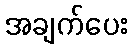
အချက်ပေး